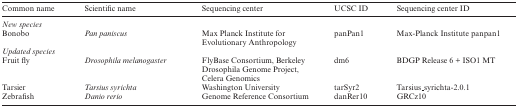
| Common name | Scientific name | Sequencing center | UCSC ID | Sequencing center ID |
 | --- | --- | --- | --- | --- |
 | <COLSPAN=5> New species |
 | Bonobo | Pan paniscus | Max Planck Institute for Evolutionary Anthropology | panPan1 | Max-Planck Institute panpan1 |
 | <COLSPAN=5> Updated species |
 | Fruit fly | Drosophila melanogaster | FlyBase Consortium, Berkeley Drosophila Genome Project, Celera Genomics | dm6 | BDGP Release 6 + ISO1 MT |
 | Tarsier | Tarsius syrichta | Washington University | tarSyr2 | Tarsius_syrichta-2.0.1 |
 | Zebrafish | Danio rerio | Genome Reference Consortium | danRer10 | GRCz10 |